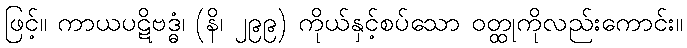
ဖြင့်။ ကာယပဋိဗဒ္ဓံ၊ (နိ၊ ၂၉၉) ကိုယ်နှင့်စပ်သော ဝတ္ထုကိုလည်းကောင်း။